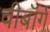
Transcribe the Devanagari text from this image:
वीबॉर्ग